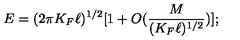
E = ( 2 \pi K _ { F } \ell ) ^ { 1 / 2 } [ 1 + O ( \frac { M } { ( K _ { F } \ell ) ^ { 1 / 2 } } ) ] ;